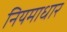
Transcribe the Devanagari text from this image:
नियमाधार